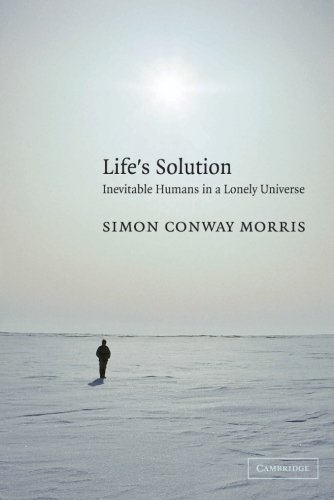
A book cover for Life's Solution: Inevitable Humans in a Lonely Universe; Simon Conway Morris; Science & Math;